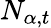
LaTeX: N_{\alpha,t}